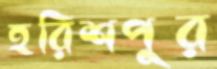
হরিশপুর